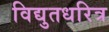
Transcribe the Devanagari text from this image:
विद्युतधरित्र